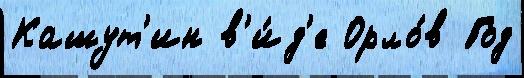
Кашут'ин в'и́д'е Орло́в Год